Civil Veterinary Dept. Bombay admin report 1932-41 - 1932-1941
Year: 1932
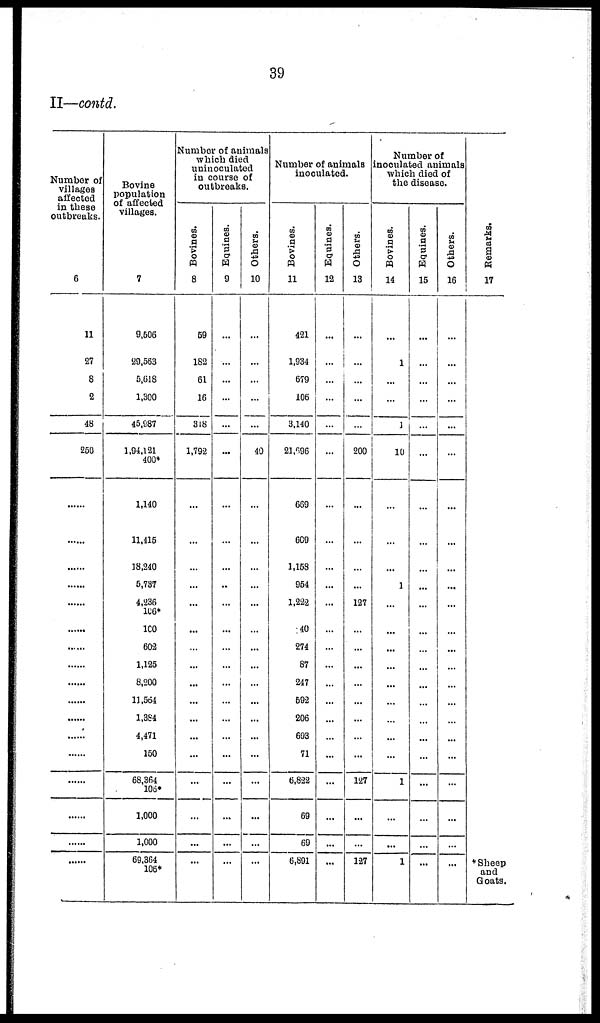
39
II—contd.
Number of
villages
affected
in these
outbreaks.
6
11
27
8
2
48
250
......
......
......
......
......
......
......
......
......
......
......
......
......
......
......
......
......
......
Bovine
population
of affected
villages.
7
9,506
29,563
5,618
1,300
45,987
1,94,121
400*
1,140
11,415
18,240
5,737
4,236
106*
100
602
1,125
8,200
11,564
1,384
4,471
150
68,364
106*
1,000
1,000
69,364
106*
Number of animals
which died
uninoculated
in course of
outbreaks.
Bovines.
8
59
182
61
16
318
1,792
...
...
...
...
...
...
...
...
...
...
...
...
...
...
...
...
...
Equines.
9
...
...
...
...
...
...
...
...
...
...
...
...
...
...
...
...
...
...
...
...
...
...
...
Others.
10
...
...
...
...
...
40
...
...
...
...
...
...
...
...
...
...
...
...
...
...
...
...
...
Number of animals
inoculated.
Bovines.
11
421
1,934
679
106
3,140
21,696
669
609
1,158
954
1,222
40
274
87
247
592
206
693
71
6,822
69
69
6,891
Equines.
12
...
...
...
...
...
...
...
...
...
...
...
...
...
...
...
...
...
...
...
...
...
...
...
Others.
13
...
...
...
...
...
200
...
...
...
...
127
...
...
...
...
...
...
...
...
127
...
...
127
Number of
inoculated animals
which died of
the disease.
Bovines.
14
...
1
...
...
1
10
...
...
...
1
...
...
...
...
...
...
...
...
...
1
...
...
1
Equines.
15
...
...
...
...
...
...
...
...
...
...
...
...
...
...
...
...
...
...
...
...
...
...
...
Others.
16
...
...
...
...
...
...
...
...
...
...
...
...
...
...
...
...
...
...
...
...
...
...
...
Remarks.
17
*Sheep
and
Goats.